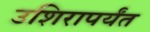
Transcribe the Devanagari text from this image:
उशिरापर्यंत